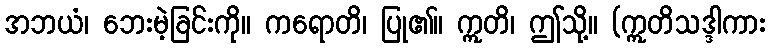
အဘယံ၊ ဘေးမဲ့ခြင်းကို။ ကရောတိ၊ ပြု၏။ ဣတိ၊ ဤသို့။ (ဣတိသဒ္ဒါကား